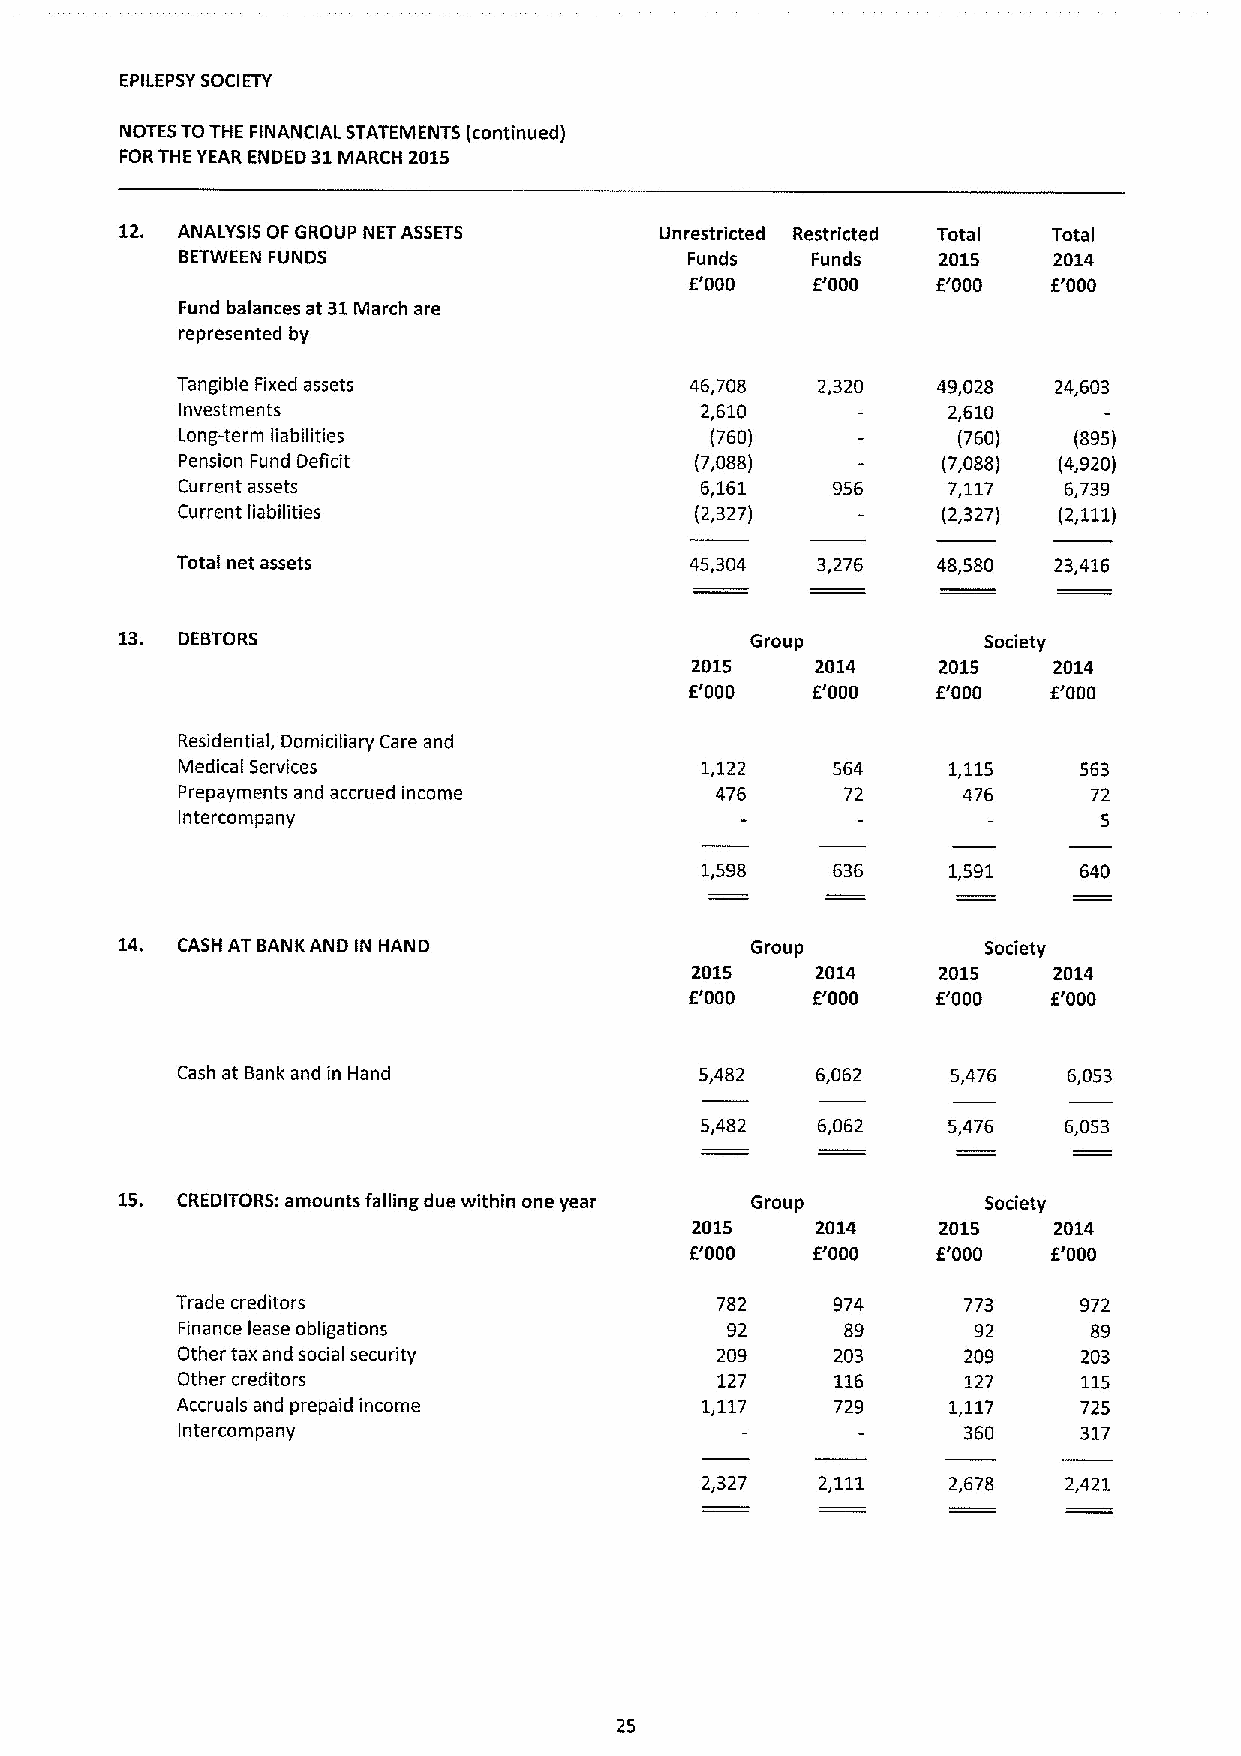
EPILEPSYSOCIETY
 NOTES TOTHE FINANCIAL STATEMENTS (continued)
 FORTHE YEAR ENDED 31MARCH 2015
 12. ANALYSIS OF GROUP NET ASSETS    Unrestricted Restricted Total Total
 BETWEEN FUNDS                     Funds   Funds   2015    2014
 f'000   f'000   E'000   f'000
 Fund balances at 31March are
 represented by
 Tangible Fixed assets             46,708  2,320   49,028  24,603
 Investments                       2,610            2,610
 Long-term liabilities              (760)           (760)   (895)
 Pension Fund Deficit              (7,088)         (7,088) (4,920)
 Current assets                    6,161    956     7,117  6,739
 Current liabilities               (2,327)         (2,327) (2,111)
 Total net assets                  45,304  3,276   48,580  23,416
 13. DEBTORS                               Group          Society
 2015    2014    2015    2014
 E'000   f'000   f'000   f'000
 Residential, Domiciliary Care and
 Medical Services                  1,122    564     1,115    563
 Prepayments and accrued income     476      72      476     72
 Intercompany                                                 5
 1,598    636     1,591    640
 14. CASH AT BANK AND IN HAND              Group          Society
 2015    2014    2015    2014
 f'000   f'000   E'000   E'000
 Cash at Bank and in Hand          5,482   6,062    5,476   6,053
 5,482   6,062    5,476  6,053
 15. CREDITORS: amounts falling due within one year Group Society
 2015    2014    2015    2014
 f'000   f'000   f'000   f'000
 Trade creditors                    782     974      773     972
 Finance lease obligations           92      89       92     89
 Other tax and social security      209     203      209     203
 Other creditors                    127     116      127     115
 Accruals and prepaid income       1117     729     1,117    725
 Intercompany                                        360     317
 2 327   2,111    2,678   2,421
 25